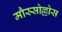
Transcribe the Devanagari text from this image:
मौस्सोल्लोस